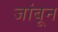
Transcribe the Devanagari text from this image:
जांबून